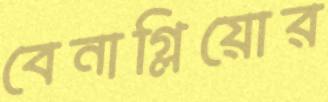
বেনাগ্লিয়োর